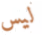
ليس